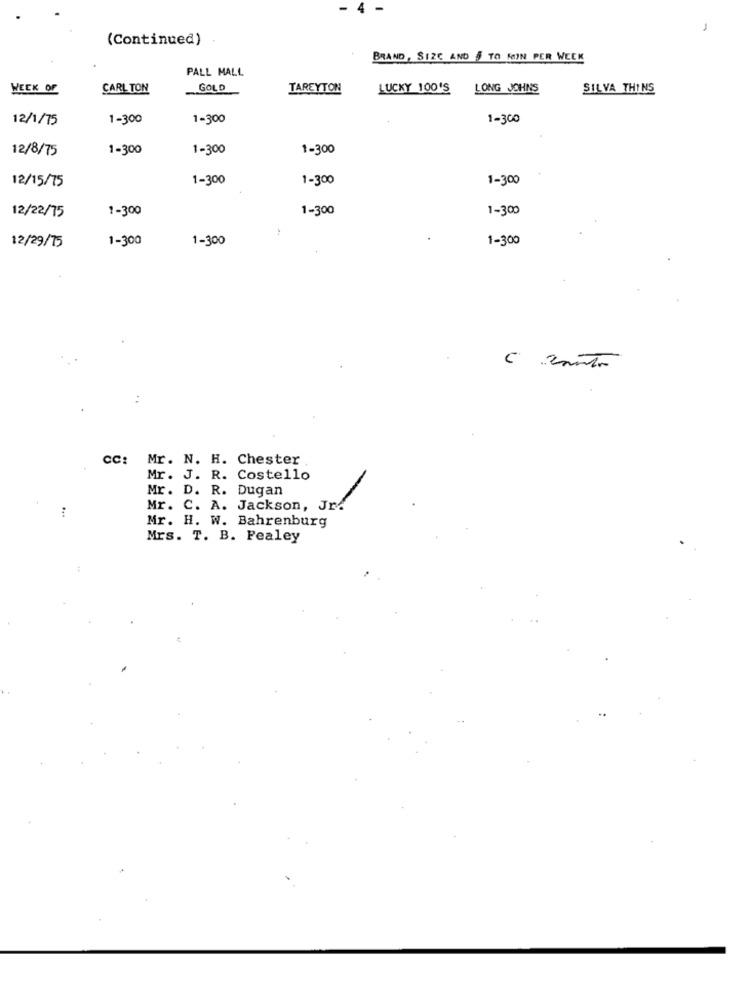
- 4 -
-
(Continued)
BRAND, SIZC AND $ TO MIN PER WEEK
PALL MALL
WEEK OF
CARL TON
GOLD
TAREYTON
LUCKY 100'S
LONG JOHNS
SILVA THINS
12/1/75
1-300
1-300
1-300
12/8/75
1-300
1-300
1-300
12/15/75
1-300
1-300
1-300
1-300
1-300
1-300
12/22/75
1-300
1-300
1-300
12/29/75
CC:
Mr. N. H. Chester
Mr. J. R. Costello
Mr. D. R. Dugan
...
Mr. C. A. Jackson, Jr.
Mr. H. W. Bahrenburg
Mrs. T. B. Pealey